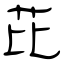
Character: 芘